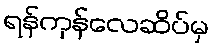
ရန်ကုန်လေဆိပ်မှ